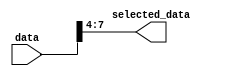
module part_select_assignment #(
    parameter N = 16,  // Width of the input data vector
    parameter M = 7,   // Starting bit position for selection (must be less than N)
    parameter K = 4    // Width of the selected output data (M-N+1)
)(
    input [N-1:0] data,            // Input multi-bit data signal
    output [K-1:0] selected_data    // Output signal for the selected bits
);

    // Continuous assignment of the selected bits from input to output
    assign selected_data = data[M:M-K+1];

endmodule